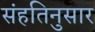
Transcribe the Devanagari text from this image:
संहतिनुसार